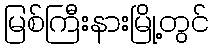
မြစ်ကြီးနားမြို့တွင်